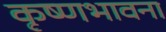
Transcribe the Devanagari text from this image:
कृष्णभावना